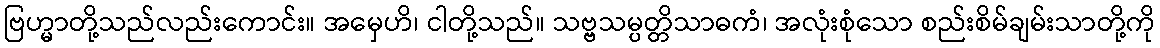
ဗြဟ္မာတို့သည်လည်းကောင်း။ အမှေဟိ၊ ငါတို့သည်။ သဗ္ဗသမ္ပတ္တိသာဓကံ၊ အလုံးစုံသော စည်းစိမ်ချမ်းသာတို့ကို